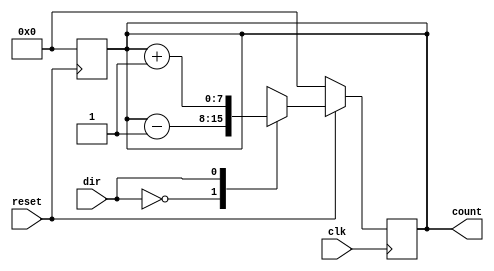
//File: counter8b_updown

`timescale 1 ns / 1 ns

module counter8b_updown(count, clk, reset, dir);
  output reg [7:0] count;
  input clk, reset, dir;
  
  always @ (negedge reset)
  begin
    count <= 8'b0;
  end
  
  always @ (posedge clk)
  begin
    if(reset)
    case(dir)
      1'b0:count <= count - 8'b1;
      1'b1:count <= count + 8'b1;
      default:count <= 8'bx;
    endcase
    else count <= 8'b0;
  end
endmodule